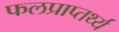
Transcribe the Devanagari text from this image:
फलप्राप्तर्थ्य